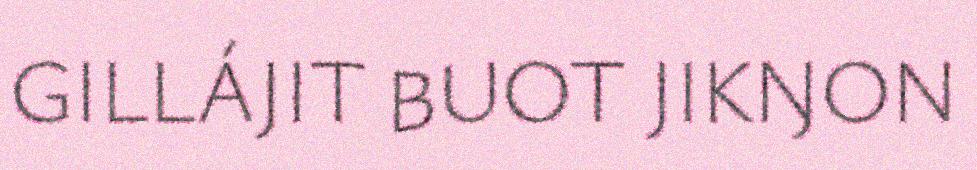
GILLÁJIT BUOT JIKŊON